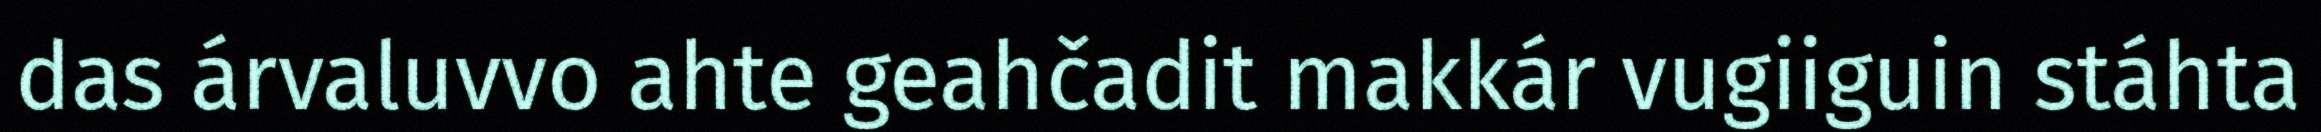
das árvaluvvo ahte geahčadit makkár vugiiguin stáhta